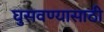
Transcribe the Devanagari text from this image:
घुसवण्यासाठी